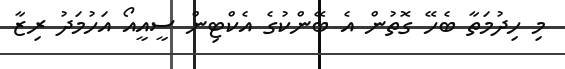
މި ހިދުމަތާ ބެހޭ ގޮތުން އެ ބޭންކުގެ އެކްޓިން ސީއީއޯ އަހުމަދު ރިޒާ